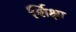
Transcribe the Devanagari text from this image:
र्शिक्षा